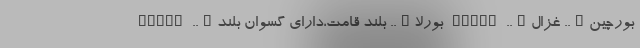
بورچین….. غزال….. BURIN بورلا….. بلند قامت،دارای گسوان بلند….. BURLA